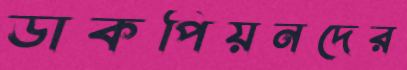
ডাকপিয়নদের